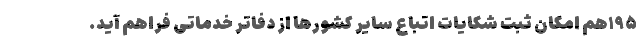
۱۹۵هم امکان ثبت شکایات اتباع سایر کشورها از دفاتر خدماتی فراهم آید.